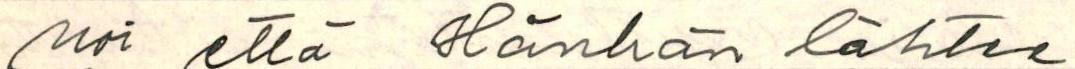
noi että Hänhän lähtee